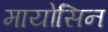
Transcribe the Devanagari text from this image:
मायोसिन